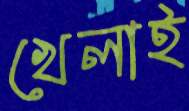
খেলাই